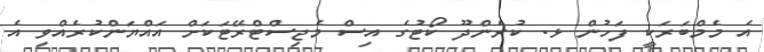
އެ މެމްބަރަކީ ފަހުން ޅ. ކުރެންދޫ ކޯޓުގެ އިސް މެޖިސްޓްރޭޓަކަށް އައްޔަންކުރެއްވި އެ